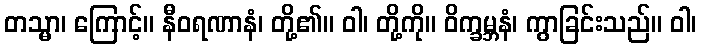
တသ္မာ၊ ကြောင့်။ နီဝရဏာနံ၊ တို့၏။ ဝါ၊ တို့ကို။ ဝိက္ခမ္ဘနံ၊ ကွာခြင်းသည်။ ဝါ၊